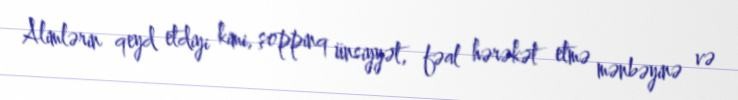
Alimlərin qeyd etdiyi kimi, şoppinq ünsiyyət, fəal hərəkət etmə mənbəyinə və